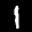
Label: 1